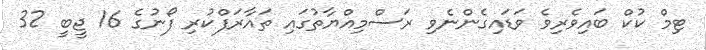
ޓިމް ކުކް ބައިވެރިވެ ވަޑައިގެންނެވި ރަސްމިއްޔާތުގައި ތައާރަފްކުރި ފޯނުގެ 16 ޖީބީ 32